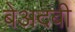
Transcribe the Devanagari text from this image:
बेअदबी